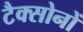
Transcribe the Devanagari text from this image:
टैक्सोनों